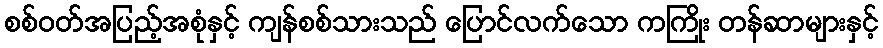
စစ်ဝတ်အပြည့်အစုံနှင့် ကျန်စစ်သားသည် ပြောင်လက်သော ကကြိုး တန်ဆာများနှင့်